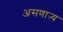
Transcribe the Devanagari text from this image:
असणाऱ्य